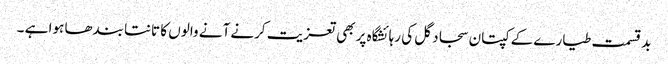
بد قسمت طیارے کے کپتان سجاد گل کی رہائشگاہ پر بھی تعزیت کرنے آنے والوں کا تانتا بندھا ہوا ہے ۔